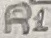
Text: R1